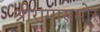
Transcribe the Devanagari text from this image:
श्रीरामासमोर